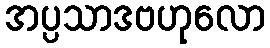
အပ္ပသာဒဗဟုလော